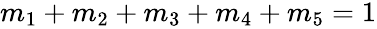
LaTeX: \begin{array}{r}{m_{1}+m_{2}+m_{3}+m_{4}+m_{5}=1}\end{array}